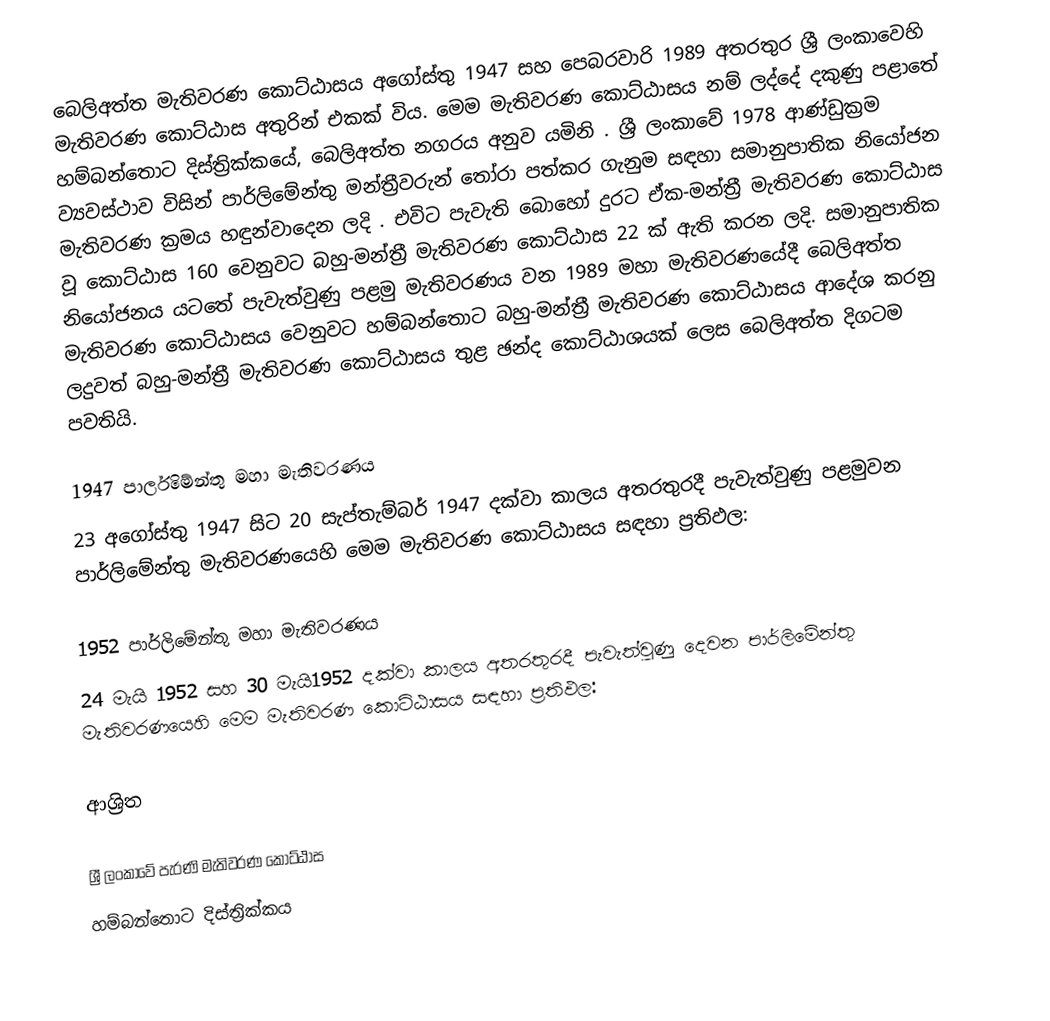
බෙලිඅත්ත මැතිවරණ කොට්ඨාසය  අගෝස්තු 1947 සහ පෙබරවාරි 1989 අතරතුර  ශ්‍රී ලංකාවෙහි  මැතිවරණ කොට්ඨාස අතුරින් එකක් විය. මෙම මැතිවරණ කොට්ඨාසය නම් ලද්දේ දකුණු පළාතේ හම්බන්තොට දිස්ත්‍රික්කයේ,  බෙලිඅත්ත  නගරය අනුව යමිනි . ශ්‍රී ලංකාවේ 1978 ආණ්ඩුක්‍රම ව්‍යවස්ථාව විසින්   පාර්ලිමේන්තු මන්ත්‍රීවරුන් තෝරා පත්කර ගැනුම සඳහා සමානුපාතික නියෝජන මැතිවරණ ක්‍රමය හඳුන්වාදෙන ලදි . එවිට පැවැති බොහෝ දුරට  ඒක-මන්ත්‍රී මැතිවරණ කොට්ඨාස වූ කොට්ඨාස 160 වෙනුවට බහු-මන්ත්‍රී මැතිවරණ කොට්ඨාස 22 ක් ඇති කරන ලදි. සමානුපාතික නියෝජනය යටතේ පැවැත්වුණු පළමු මැතිවරණය වන 1989 මහා මැතිවරණයේදී  බෙලිඅත්ත මැතිවරණ කොට්ඨාසය වෙනුවට හම්බන්තොට බහු-මන්ත්‍රී මැතිවරණ කොට්ඨාසය  ආදේශ කරනු ලදුවත් බහු-මන්ත්‍රී මැතිවරණ කොට්ඨාසය තුළ ඡන්ද කොට්ඨාශයක් ලෙස බෙලිඅත්ත දිගටම පවතියි.

1947 පාර්ලිමේන්තු මහා මැතිවරණය
23 අගෝස්තු 1947 සිට 20 සැප්තැම්බර් 1947 දක්වා කාලය අතරතුරදී පැවැත්වුණු  පළමුවන පාර්ලිමේන්තු මැතිවරණයෙහි මෙම මැතිවරණ කොට්ඨාසය සඳහා ප්‍රතිඵල:

1952 පාර්ලිමේන්තු මහා මැතිවරණය
24 මැයි 1952 සහ 30 මැයි1952 දක්වා කාලය අතරතුරදී පැවැත්වුණු  දෙවන පාර්ලිමේන්තු මැතිවරණයෙහි මෙම මැතිවරණ කොට්ඨාසය සඳහා ප්‍රතිඵල:

ආශ්‍රිත

ශ්‍රී ලංකාවේ පැරණි මැතිවරණ කොට්ඨාස
හම්බන්තොට දිස්ත්‍රික්කය